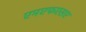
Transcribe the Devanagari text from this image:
एमएफएसए